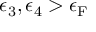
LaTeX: \epsilon _ { 3 } , \epsilon _ { 4 } > \epsilon _ { \mathrm { { F } } }